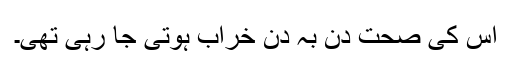
اس کی صحت دن بہ دن خراب ہوتی جا رہی تھی۔